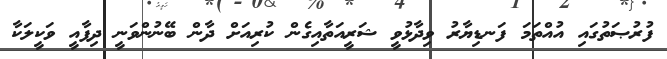
ފުރުޞަތުގައި އުއްތަމަ ފަނޑިޔާރު ވިދާޅުވީ ޝަރީއަތާއިގެން ކުރިއަށް ދާން ބޭނުންވަނީ ދިފާއީ ވަކީލަކާ